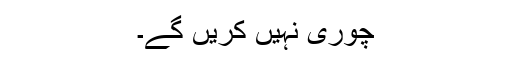
چوری نہیں کریں گے۔